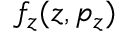
f _ { z } ( z , p _ { z } )